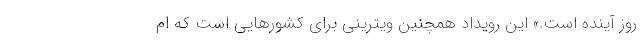
روز آینده است.» این رویداد همچنین ویترینی برای کشورهایی است که ام